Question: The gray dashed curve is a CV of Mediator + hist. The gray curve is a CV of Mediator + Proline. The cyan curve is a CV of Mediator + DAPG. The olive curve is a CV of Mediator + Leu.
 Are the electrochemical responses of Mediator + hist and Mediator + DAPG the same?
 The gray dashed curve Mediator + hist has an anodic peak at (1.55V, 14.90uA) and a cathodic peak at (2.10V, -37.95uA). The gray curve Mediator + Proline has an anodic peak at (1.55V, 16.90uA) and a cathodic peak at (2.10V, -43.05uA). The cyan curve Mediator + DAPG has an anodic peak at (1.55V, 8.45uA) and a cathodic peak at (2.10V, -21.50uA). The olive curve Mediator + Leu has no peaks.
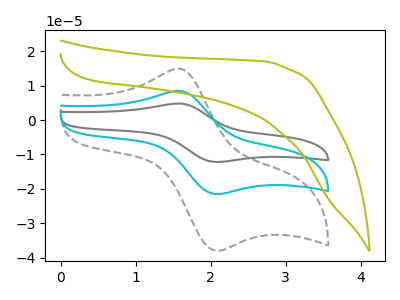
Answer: <think>All the peaks in "Mediator + hist" have a peak in "Mediator + DAPG" at the same potential. Every peak in "Mediator + hist" is higher than every peak in "Mediator + DAPG".
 </think>
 <answer>"Mediator + hist" and "Mediator + DAPG" are similar in shape.</answer>
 <eval>same_shape</eval>